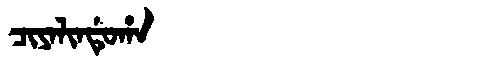
Manchu: ᠴᡳᠶᠠᠯᡳᠨᡩᡠᡥᠠ
Romanization: CIYALINDUHA